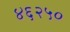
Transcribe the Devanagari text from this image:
४६२५०